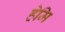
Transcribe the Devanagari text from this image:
हेमि